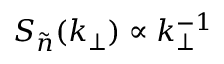
S _ { \tilde { n } } ( k _ { \perp } ) \propto k _ { \perp } ^ { - 1 }